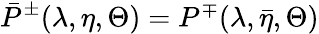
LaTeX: \bar{P}^{\pm}(\lambda,\eta,\Theta)=P^{\mp}(\lambda,\bar{\eta},\Theta)